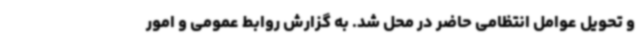
و تحویل عوامل انتظامی حاضر در محل شد. به گزارش روابط عمومی و امور